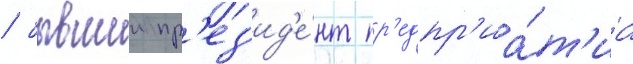
/ бывшии пр'ез'ид'е́нт пр'едпр'иа́т'иа